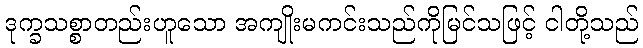
ဒုက္ခသစ္စာတည်းဟူသော အကျိုးမကင်းသည်ကိုမြင်သဖြင့် ငါတို့သည်